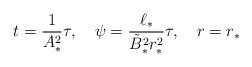
LaTeX: \begin{align*}t={1\over A^{2}_{*}}\tau,\quad \psi={\ell_{*}\over \tilde{B}_{*}^{2}r_{*}^{2}}\tau,\quad r=r_{*}\end{align*}